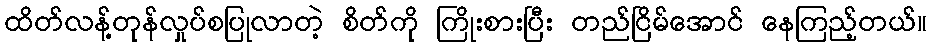
ထိတ်လန့်တုန်လှုပ်စပြုလာတဲ့ စိတ်ကို ကြိုးစားပြီး တည်ငြိမ်အောင် နေကြည့်တယ်။